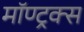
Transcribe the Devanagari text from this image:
मॉण्ट्रक्स